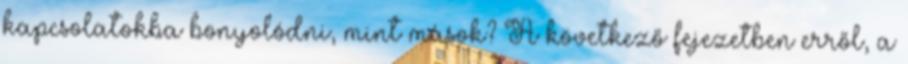
kapcsolatokba bonyolódni, mint mások? A következő fejezetben erről, a